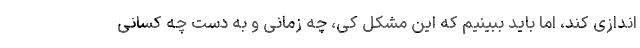
اندازی کند، اما باید ببینیم که این مشکل کی، چه زمانی و به دست چه کسانی